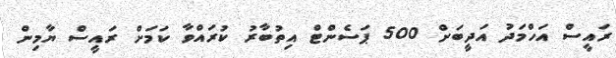
ރައީސް އަހްމަދު އަދީބަށް 500 ޕަސެންޓް އިތުބާރު ކުރައްވާ ކަމަށް ރައީސް ޔާމިން